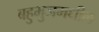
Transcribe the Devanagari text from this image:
बहुभुजमधील